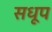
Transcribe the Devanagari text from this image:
सधूप